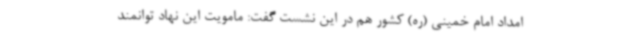
امداد امام خمینی (ره) کشور هم در این نشست گفت: مامویت این نهاد توانمند